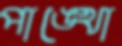
পাঙ্খো